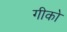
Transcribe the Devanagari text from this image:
गीको